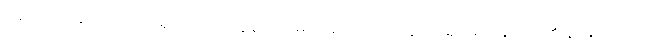
ဆေးဘက်ဆိုင်ရာပညာရှင်များက ထွန်းကားမည် ထောင်ဂဏန်း ဘုရင်မင်းမြတ်တို့၏ နာမ်တရား၌